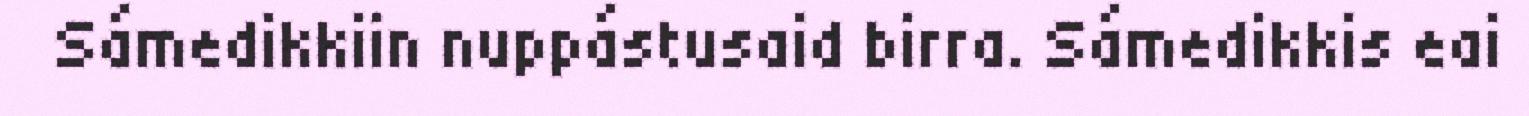
Sámedikkiin nuppástusaid birra. Sámedikkis eai